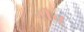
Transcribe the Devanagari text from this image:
नीव्